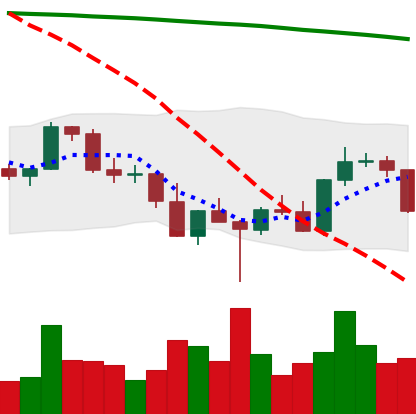
Ticker: BNB-USD
Chart end date: 2022-03-04
Forward return: 5.15%
Label: up_5_7